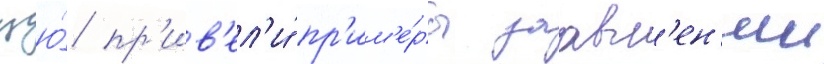
цю́ пр'ив'ел'и́ пр'им'е́ры заавл'ен'ии